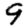
Digit: 9